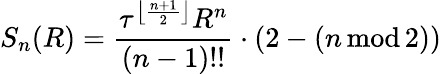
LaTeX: S_{n}(R)={\frac{\tau^{\left\lfloor{\frac{n+1}{2}}\right\rfloor}R^{n}}{(n-1)!!}}\cdot(2-(n\operatorname{mod}2))